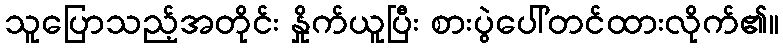
သူပြောသည့်အတိုင်း နှိုက်ယူပြီး စားပွဲပေါ်တင်ထားလိုက်၏။